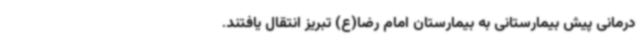
درمانی پیش بیمارستانی به بیمارستان امام رضا(ع) تبریز انتقال یافتند.